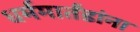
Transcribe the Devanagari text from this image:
धर्ममार्तंडांना